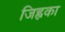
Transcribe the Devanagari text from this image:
जिह्वका